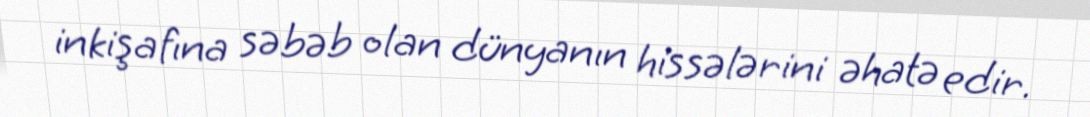
inkişafına səbəb olan dünyanın hissələrini əhatə edir.